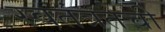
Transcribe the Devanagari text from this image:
स्वतंत्रतेची